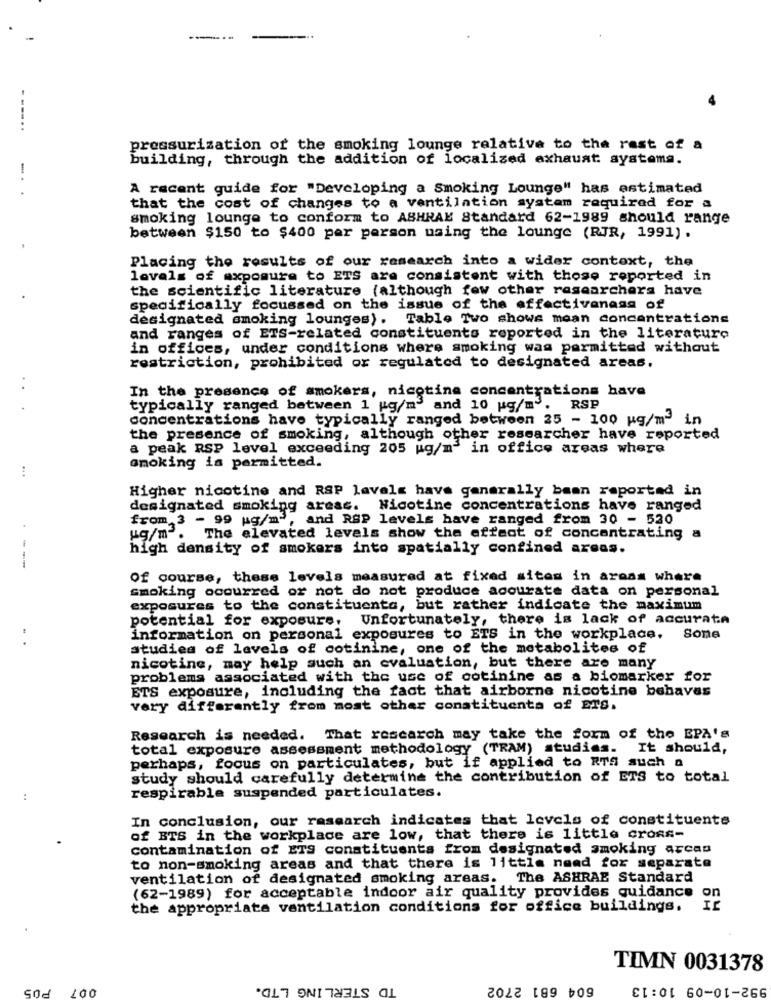
----..
pressurization of the smoking lounge relative to the rest of a
building, through the addition of localized exhaust systema.
A recent guide for "Developing a Smoking Lounge" has estimated
that the cost of changes to a ventilation system required for a
smoking lounge to conform to ASHRAE Standard 62-1989 should range
between $150 to $400 per person using the lounge (RJR, 1991) .
Placing the results of our research into a wider context, the
levels of exposure to ETS are consistent with those reported in
the scientific literature (although few other researchers have
specifically focussed on the issue of the effectiveness of
designated smoking lounges). Table Two shows mean concentrations
and ranges of ETS-related constituents reported in the literature
in offices, under conditions where smoking was permitted without
restriction, prohibited or regulated to designated areas.
In the presence of smokers, nicotine concentrations have
typically ranged between 1 kg/m' and 10 kg/m".
RSP
concentrations have typically ranged between 25 - 100 g/min
the presence of smoking, although other researcher have reported
a peak RSP level exceeding 205 ug/m' in office areas where
smoking is permitted.
Higher nicotine and RSP levels have generally been reported in
designated smoking areas. Nicotine concentrations have ranged
from 3 - 99 ug/m2, and RSP levels have ranged from 30 - 520
ug/m. The elevated levels show the effect of concentrating a
high density of smokers into spatially confined areas.
---
Of course, these levels measured at fixed sites in areas where
smoking occurred or not do not produce accurate data on personal
exposures to the constituents, but rather indicate the maximum
potential for exposure,
Unfortunately, there is lack of accurate
information on personal exposures to ETS in the workplace, Some
studies of levels of cotinine, one of the metabolites of
nicotine, may help such an evaluation, but there are many
problems associated with the use of cotinine as a biomarker for
ETS exposure, including the fact that airborne nicotine behaves
very differently from most other constituents of ETS.
Research is needed. That rescarch may take the form of the EPA's
total exposure assessment methodology (TRAM) studies. It should,
perhaps, focus on particulates, but if applied to RTS such a
study should carefully determine the contribution of ETS to total
:
respirable suspended particulates.
In conclusion, our research indicates that levels of constituente
of BTS in the workplace are low, that there is little cross-
contamination of ETS constituents from designated smoking arcan
to non-smoking areas and that there is little need for separate
ventilation of designated smoking areas. The ASHRAE Standard
(62-1989) for acceptable indoor air quality provides quidance
the appropriate ventilation conditions for office buildings.
TIMN 0031378
POS
TD STERLING LTD.
604 681 2702
992-10-09 10:13